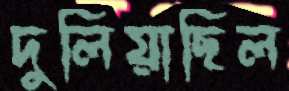
দুলিয়াছিল